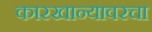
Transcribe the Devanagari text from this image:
कारखान्यावरचा